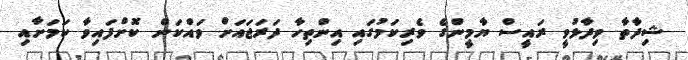
ޝިދާތާ ވިދާޅުވީ ރައީސް ޔާމީންގެ ވެރިކަމުގައި އިންތިހާ ދަރަޖައަށް ވައްކަން ކޮށްފައިވާ ކަމަށާއި